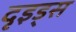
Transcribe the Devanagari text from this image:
दृइड्स